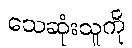
သေဆုံးသူကို